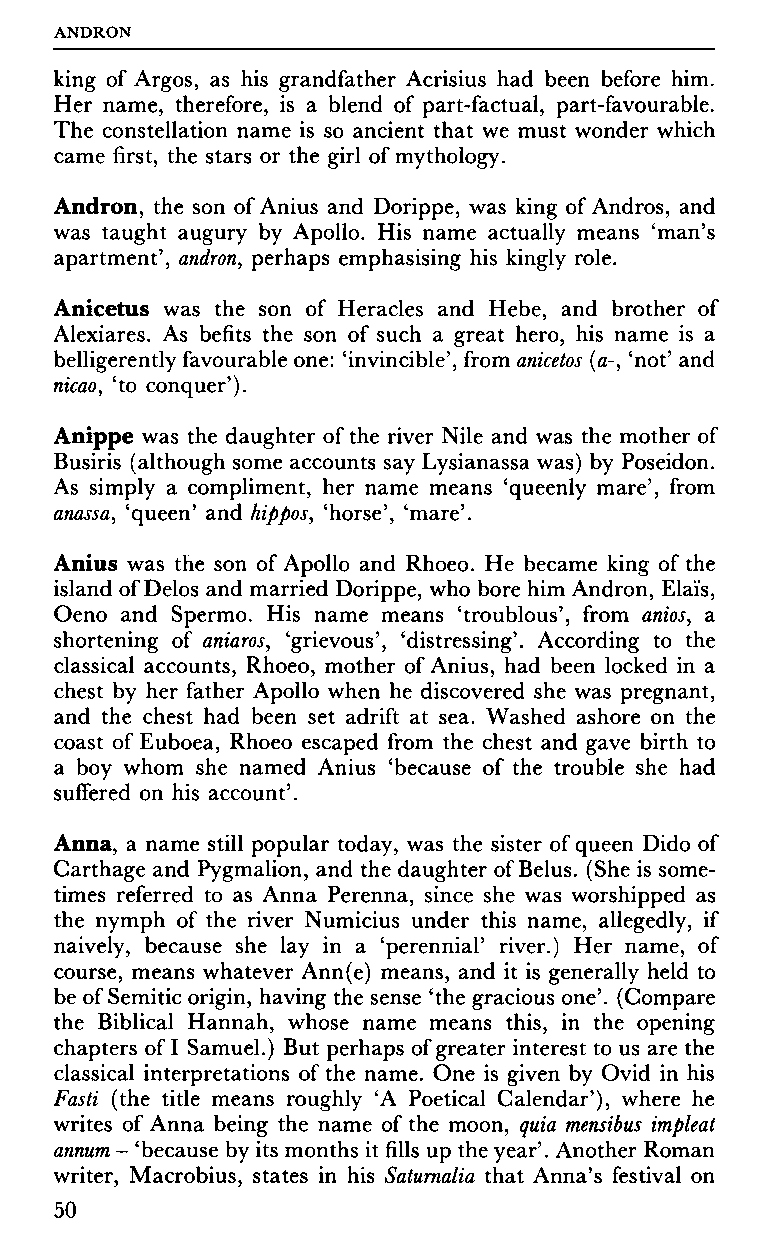
ANDRON
 king of Argos, as his grandfather Acrisius had been before him.
 Her name, therefore, is a blend of part-factual, part-favourable.
 The constellation name is so ancient that we must wonder which
 came first, the stars or the girl of mythology.
 Andron, the son of Anius and Dorippe, was king of Andros, and
 was taught augury by Apollo. His name actually means 'man's
 apartment', andron, perhaps emphasising his kingly role.
 Anicetus was the son of Heracles and Hebe, and brother of
 Alexiares. As befits the son of such a great hero, his name is a
 belligerently favourable one: 'invincible', from anicetos (a-, 'not' and
 nicao, 'to conquer').
 Anippe was the daughter of the river Nile and was the mother of
 Busiris (although some accounts say Lysianassa was) by Poseidon.
 As simply a compliment, her name means 'queenly mare', from
 anassa, 'queen' and hippos, 'horse', 'mare'.
 Anius was the son of Apollo and Rhoeo. He became king of the
 island of Delos and married Dorippe, who bore him Andron, Elai's,
 Oeno and Spermo. His name means 'troublous', from anios, a
 shortening of aniaros, 'grievous', 'distressing'. According to the
 classical accounts, Rhoeo, mother of Anius, had been locked in a
 chest by her father Apollo when he discovered she was pregnant,
 and the chest had been set adrift at sea. Washed ashore on the
 coast of Euboea, Rhoeo escaped from the chest and gave birth to
 a boy whom she named Anius 'because of the trouble she had
 suffered on his account'.
 Anna, a name still popular today, was the sister of queen Dido of
 Carthage and Pygmalion, and the daughter of Belus. (She is some­
 times referred to as Anna Perenna, since she was worshipped as
 the nymph of the river Numicius under this name, allegedly, if
 naively, because she lay in a 'perennial' river.) Her name, of
 course, means whatever Ann(e) means, and it is generally held to
 be of Semitic origin, having the sense 'the gracious one'. (Compare
 the Biblical Hannah, whose name means this, in the opening
 chapters of I Samuel.) But perhaps of greater interest to us are the
 classical interpretations of the name. One is given by Ovid in his
 Fasti (the title means roughly Ά Poetical Calendar'), where he
 writes of Anna being the name of the moon, quia mensibus impleat
 annum — 'because by its months it fills up the year'. Another Roman
 writer, Macrobius, states in his Saturnalia that Anna's festival on
 50